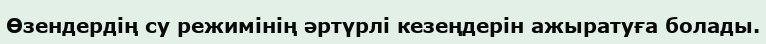
Өзендердің су режимінің әртүрлі кезеңдерін ажыратуға болады.